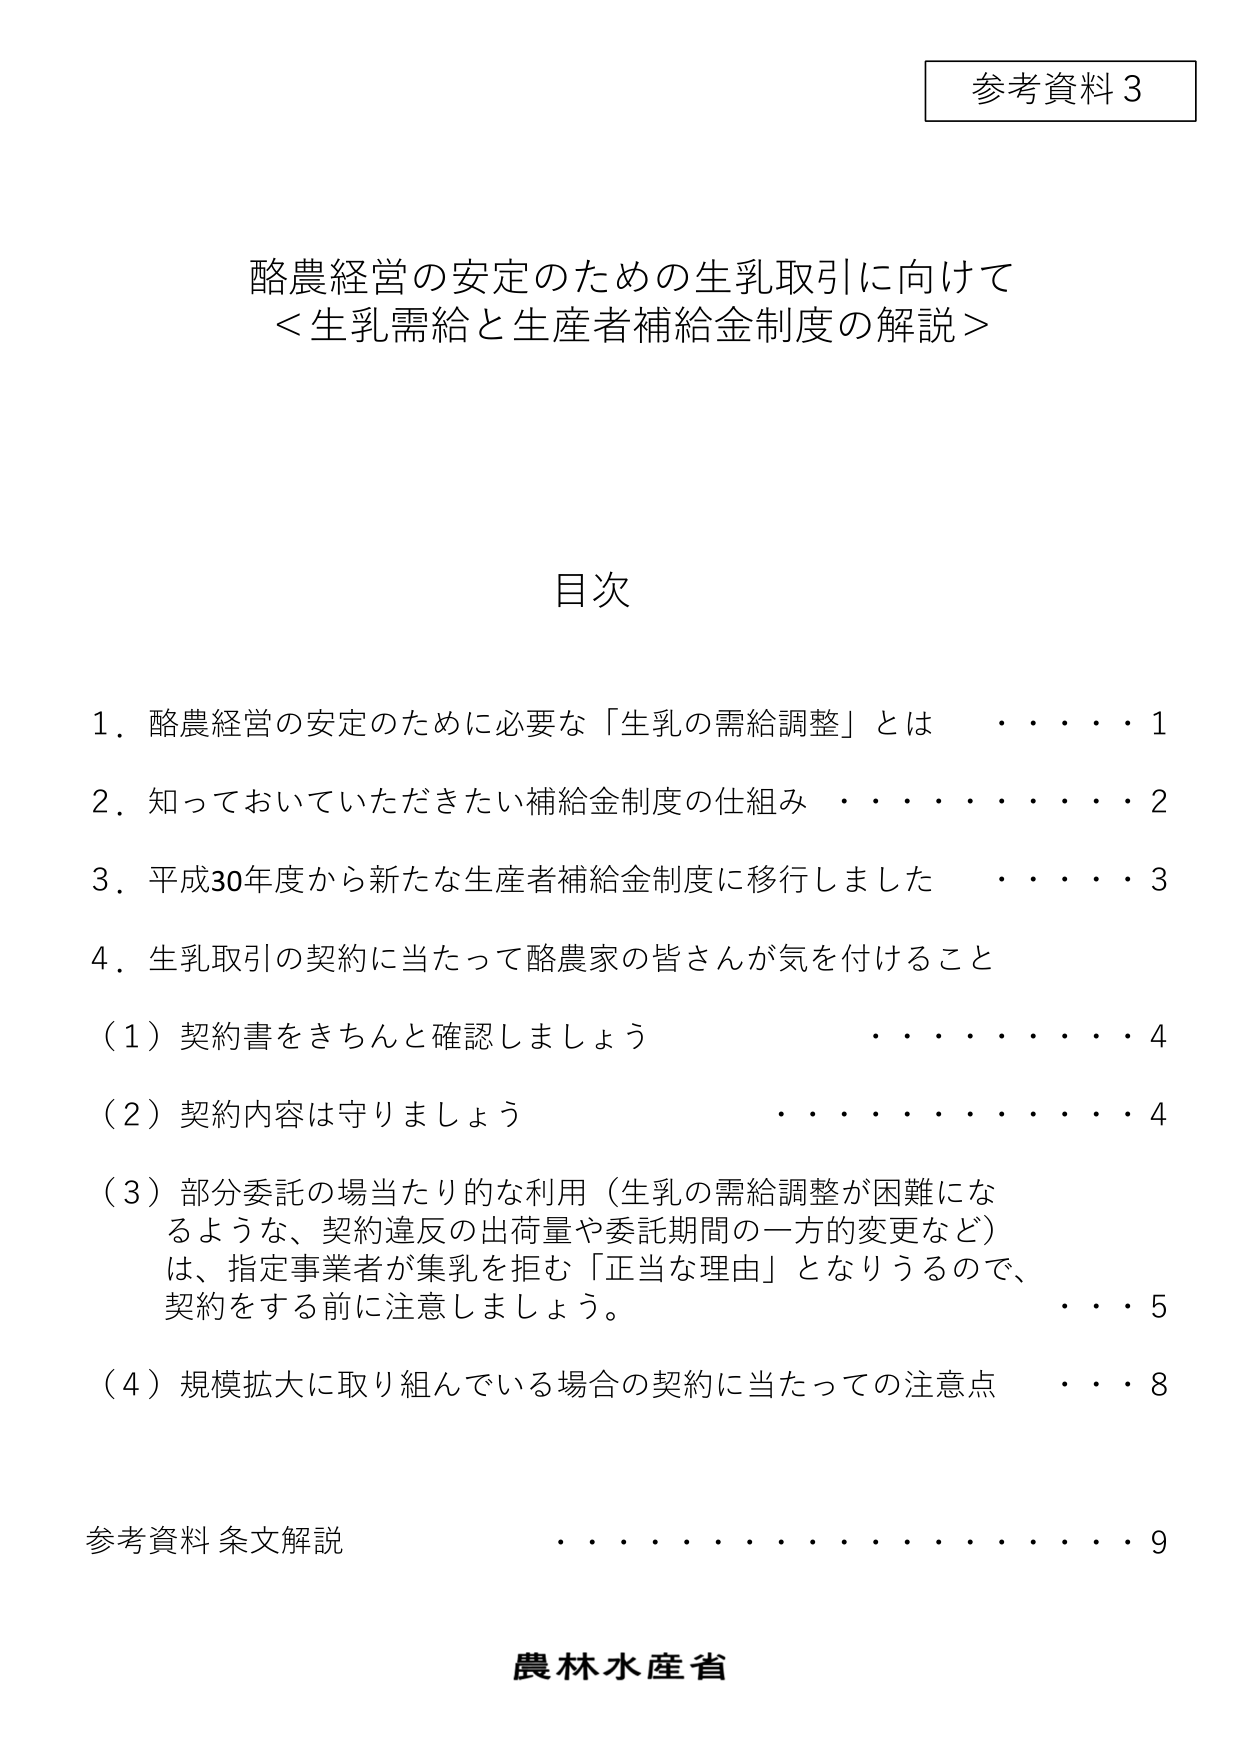
参考資料３

酪農経営の安定のための生乳取引に向けて
＜生乳需給と生産者補給金制度の解説＞

目次

１．酪農経営の安定のために必要な「生乳の需給調整」とは　　　　　１
２．知っておいていただきたい補給金制度の仕組み　　　　　　　　　２
３．平成30年度から新たな生産者補給金制度に移行しました　　　　　３
４．生乳取引の契約に当たって酪農家の皆さんが気を付けること
　（１）契約書をきちんと確認しましょう　　　　　　　　　　　　　４
　（２）契約内容は守りましょう　　　　　　　　　　　　　　　　　４
　（３）部分委託の場当たり的な利用（生乳の需給調整が困難になるような、契約違反の出荷量や委託期間の一方的変更など）は、指定事業者が集乳を拒む「正当な理由」となりうるので、契約をする前に注意しましょう。